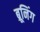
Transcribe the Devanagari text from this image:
ब्रूनिंग